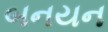
બનયન